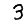
Digit: 3